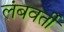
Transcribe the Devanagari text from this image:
लंबवर्ती